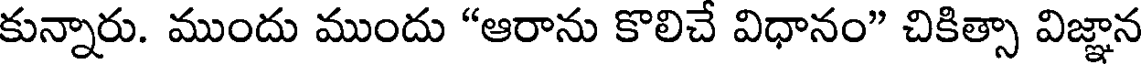
కున్నారు. ముందు ముందు "ఆరాను కొలిచే విధానం" చికిత్సా విజ్ఞాన